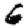
Digit: 6